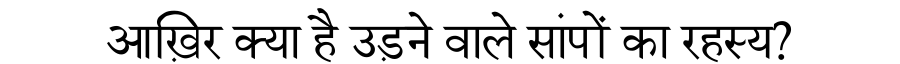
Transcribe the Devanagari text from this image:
आख़िर क्या है उड़ने वाले सांपों का रहस्य?